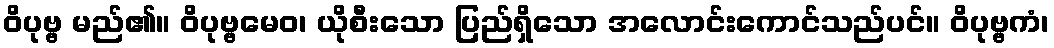
ဝိပုဗ္ဗ မည်၏။ ဝိပုဗ္ဗမေဝ၊ ယိုစီးသော ပြည်ရှိသော အလောင်းကောင်သည်ပင်။ ဝိပုဗ္ဗကံ၊